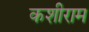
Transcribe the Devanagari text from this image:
कशीराम